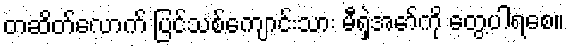
တဆိတ်လောက် ပြင်သစ်ကျောင်းသား မီရှဲအော်ကို တွေ့ပါရစေ။